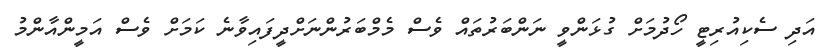
އަދި ސެކިއުރިޓީ ހޯދުމަށް ގުޅަންވީ ނަންބަރުތައް ވެސް މެމްބަރުންނަށްދީފައިވާނެ ކަމަށް ވެސް އަމީންއާންމު